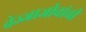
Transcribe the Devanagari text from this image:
वेज्जाजीवांची